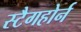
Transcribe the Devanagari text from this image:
स्टैगहोर्न